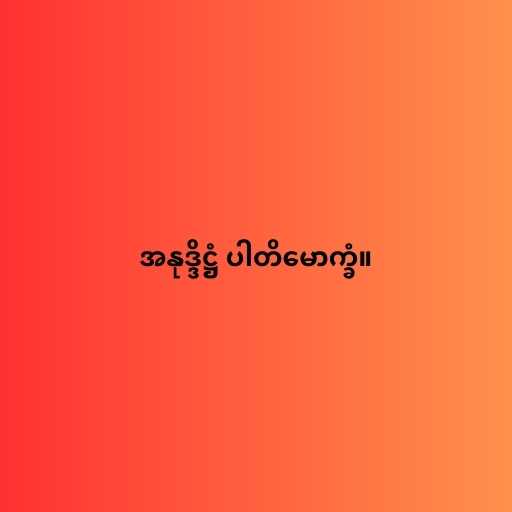
အနုဒ္ဒိဋ္ဌံ ပါတိမောက္ခံ။